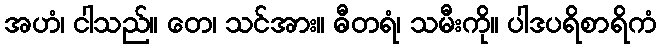
အဟံ၊ ငါသည်။ တေ၊ သင်အား။ ဓီတရံ၊ သမီးကို။ ပါဒပရိစာရိကံ